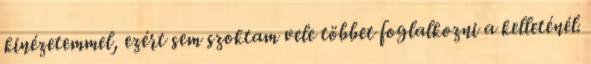
kinézetemmel, ezért sem szoktam vele többet foglalkozni a kelleténél.